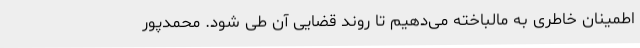
اطمینان خاطری به مالباخته می‌دهیم تا روند قضایی آن طی شود. محمدپور